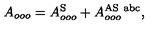
A _ { o o o } = A _ { o o o } ^ { \mathrm { S } } + A _ { o o o } ^ { \mathrm { A S \ a b c } } ,